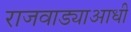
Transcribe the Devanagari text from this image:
राजवाड्याआधी